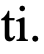
ti.